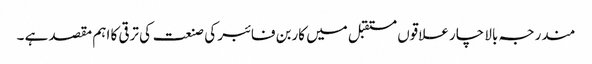
مندرجہ بالا چار علاقوں مستقبل میں کاربن فائبر کی صنعت کی ترقی کا اہم مقصد ہے ۔